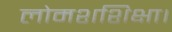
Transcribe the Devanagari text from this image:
लोमशशिक्षा।